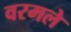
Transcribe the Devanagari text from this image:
वरमले